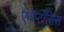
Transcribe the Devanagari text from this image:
एपॉप्टॉसिस